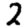
Digit: 2